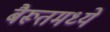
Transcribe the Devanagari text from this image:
बैरूतमध्ये